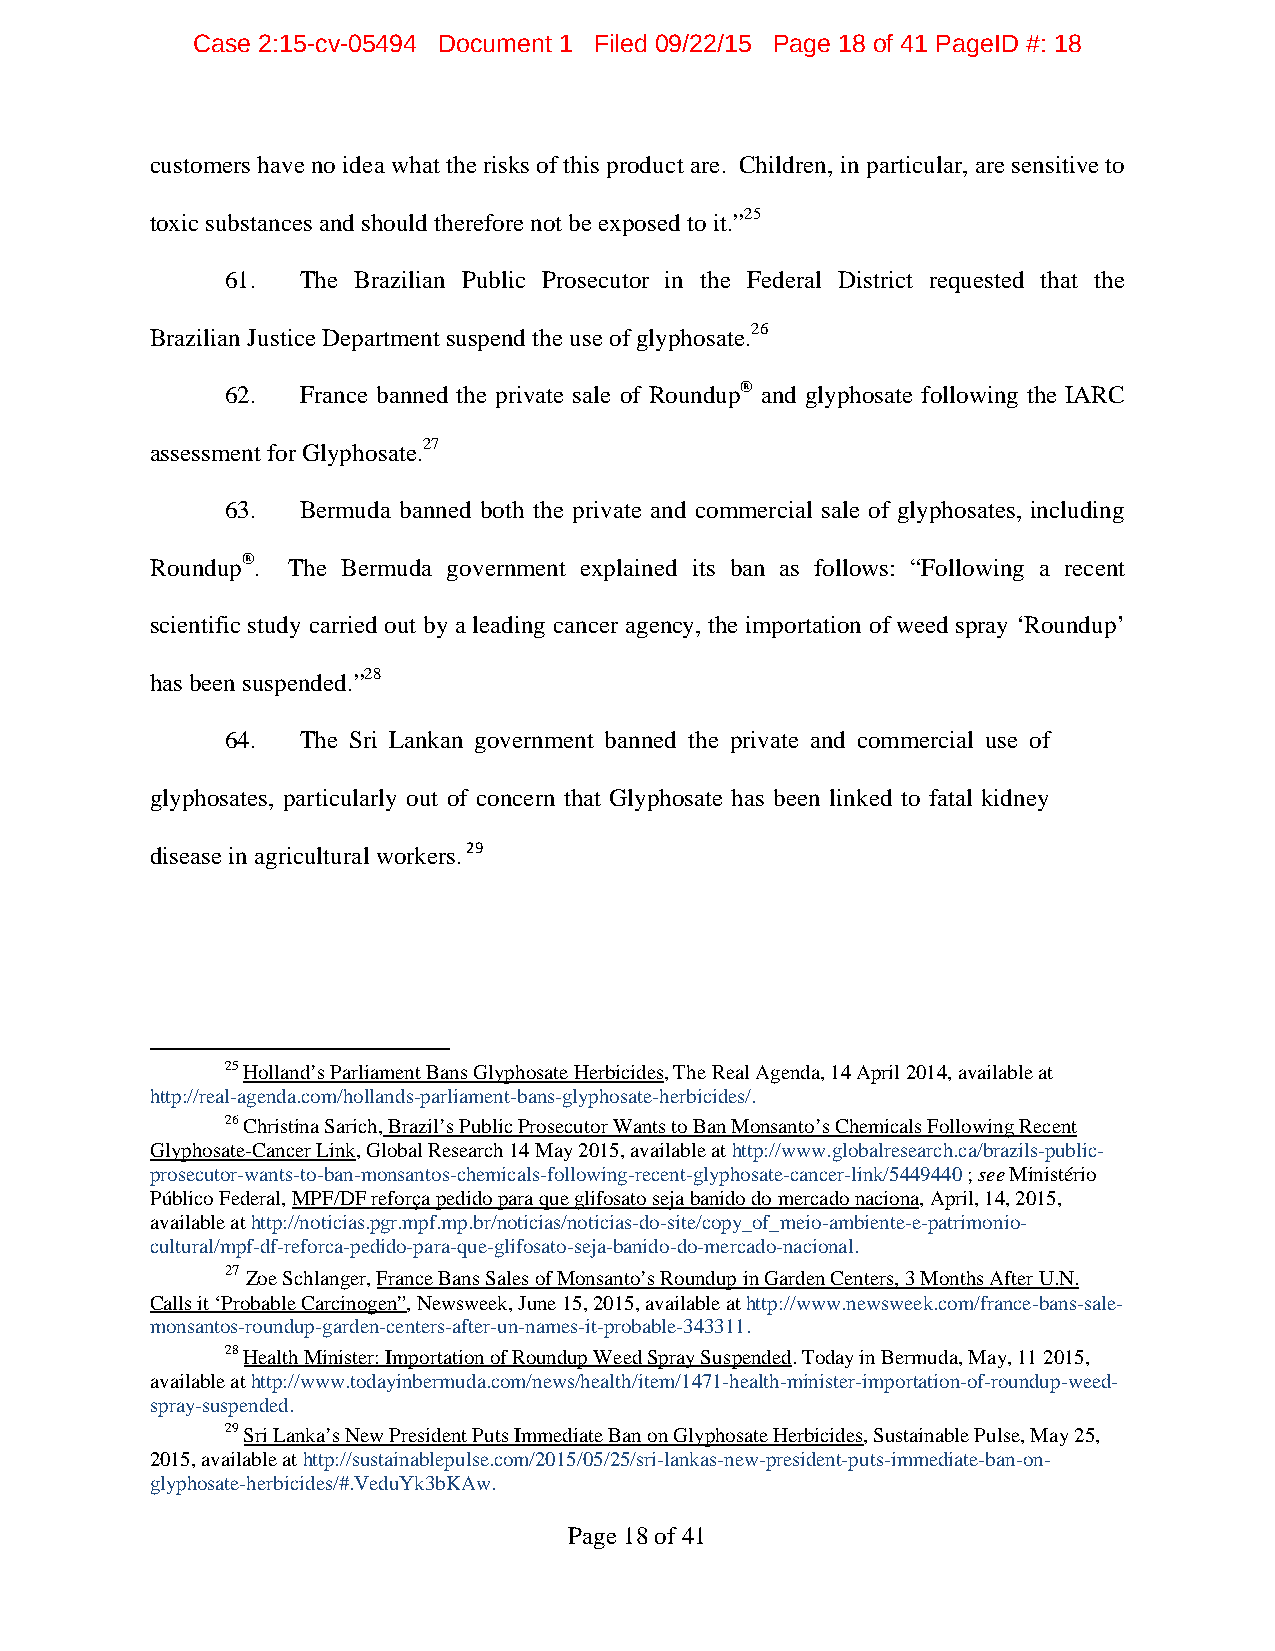
Case 2:15-cv-05494 Document 1 Filed 09/22/15 Page 18 of 41 PageID #: 18
 customers have no idea what the risks of this product are. Children, in particular, are sensitive to
 toxic substances and should therefore not be exposed to it.”25
 61.  The Brazilian Public Prosecutor in the Federal District requested that the
 Brazilian Justice Department suspend the use of glyphosate.26
 62.  France banned the private sale of Roundup® and glyphosate following the IARC
 assessment for Glyphosate.27
 63.  Bermuda banned both the private and commercial sale of glyphosates, including
 Roundup®. The Bermuda government explained its ban as follows: “Following a recent
 scientific study carried out by a leading cancer agency, the importation of weed spray ‘Roundup’
 has been suspended.”28
 64.  The Sri Lankan government banned the private and commercial use of
 glyphosates, particularly out of concern that Glyphosate has been linked to fatal kidney
 disease in agricultural workers. 29
 25 Holland’s Parliament Bans Glyphosate Herbicides, The Real Agenda, 14 April 2014, available at
 http://real-agenda.com/hollands-parliament-bans-glyphosate-herbicides/.
 26 Christina Sarich, Brazil’s Public Prosecutor Wants to Ban Monsanto’s Chemicals Following Recent
 Glyphosate-Cancer Link, Global Research 14 May 2015, available at http://www.globalresearch.ca/brazils-public-
 prosecutor-wants-to-ban-monsantos-chemicals-following-recent-glyphosate-cancer-link/5449440 ; see Ministério
 Público Federal, MPF/DF reforça pedido para que glifosato seja banido do mercado naciona, April, 14, 2015,
 available at http://noticias.pgr.mpf.mp.br/noticias/noticias-do-site/copy_of_meio-ambiente-e-patrimonio-
 cultural/mpf-df-reforca-pedido-para-que-glifosato-seja-banido-do-mercado-nacional.
 27 Zoe Schlanger, France Bans Sales of Monsanto’s Roundup in Garden Centers, 3 Months After U.N.
 Calls it ‘Probable Carcinogen”, Newsweek, June 15, 2015, available at http://www.newsweek.com/france-bans-sale-
 monsantos-roundup-garden-centers-after-un-names-it-probable-343311.
 28 Health Minister: Importation of Roundup Weed Spray Suspended. Today in Bermuda, May, 11 2015,
 available at http://www.todayinbermuda.com/news/health/item/1471-health-minister-importation-of-roundup-weed-
 spray-suspended.
 29 Sri Lanka’s New President Puts Immediate Ban on Glyphosate Herbicides, Sustainable Pulse, May 25,
 2015, available at http://sustainablepulse.com/2015/05/25/sri-lankas-new-president-puts-immediate-ban-on-
 glyphosate-herbicides/#.VeduYk3bKAw.
 Page 18 of 41